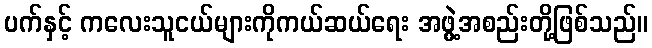
ပက်နှင့် ကလေးသူငယ်များကိုကယ်ဆယ်ရေး အဖွဲ့အစည်းတို့ဖြစ်သည်။